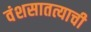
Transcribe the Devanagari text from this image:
वंशसातत्याची